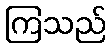
ကြသည်